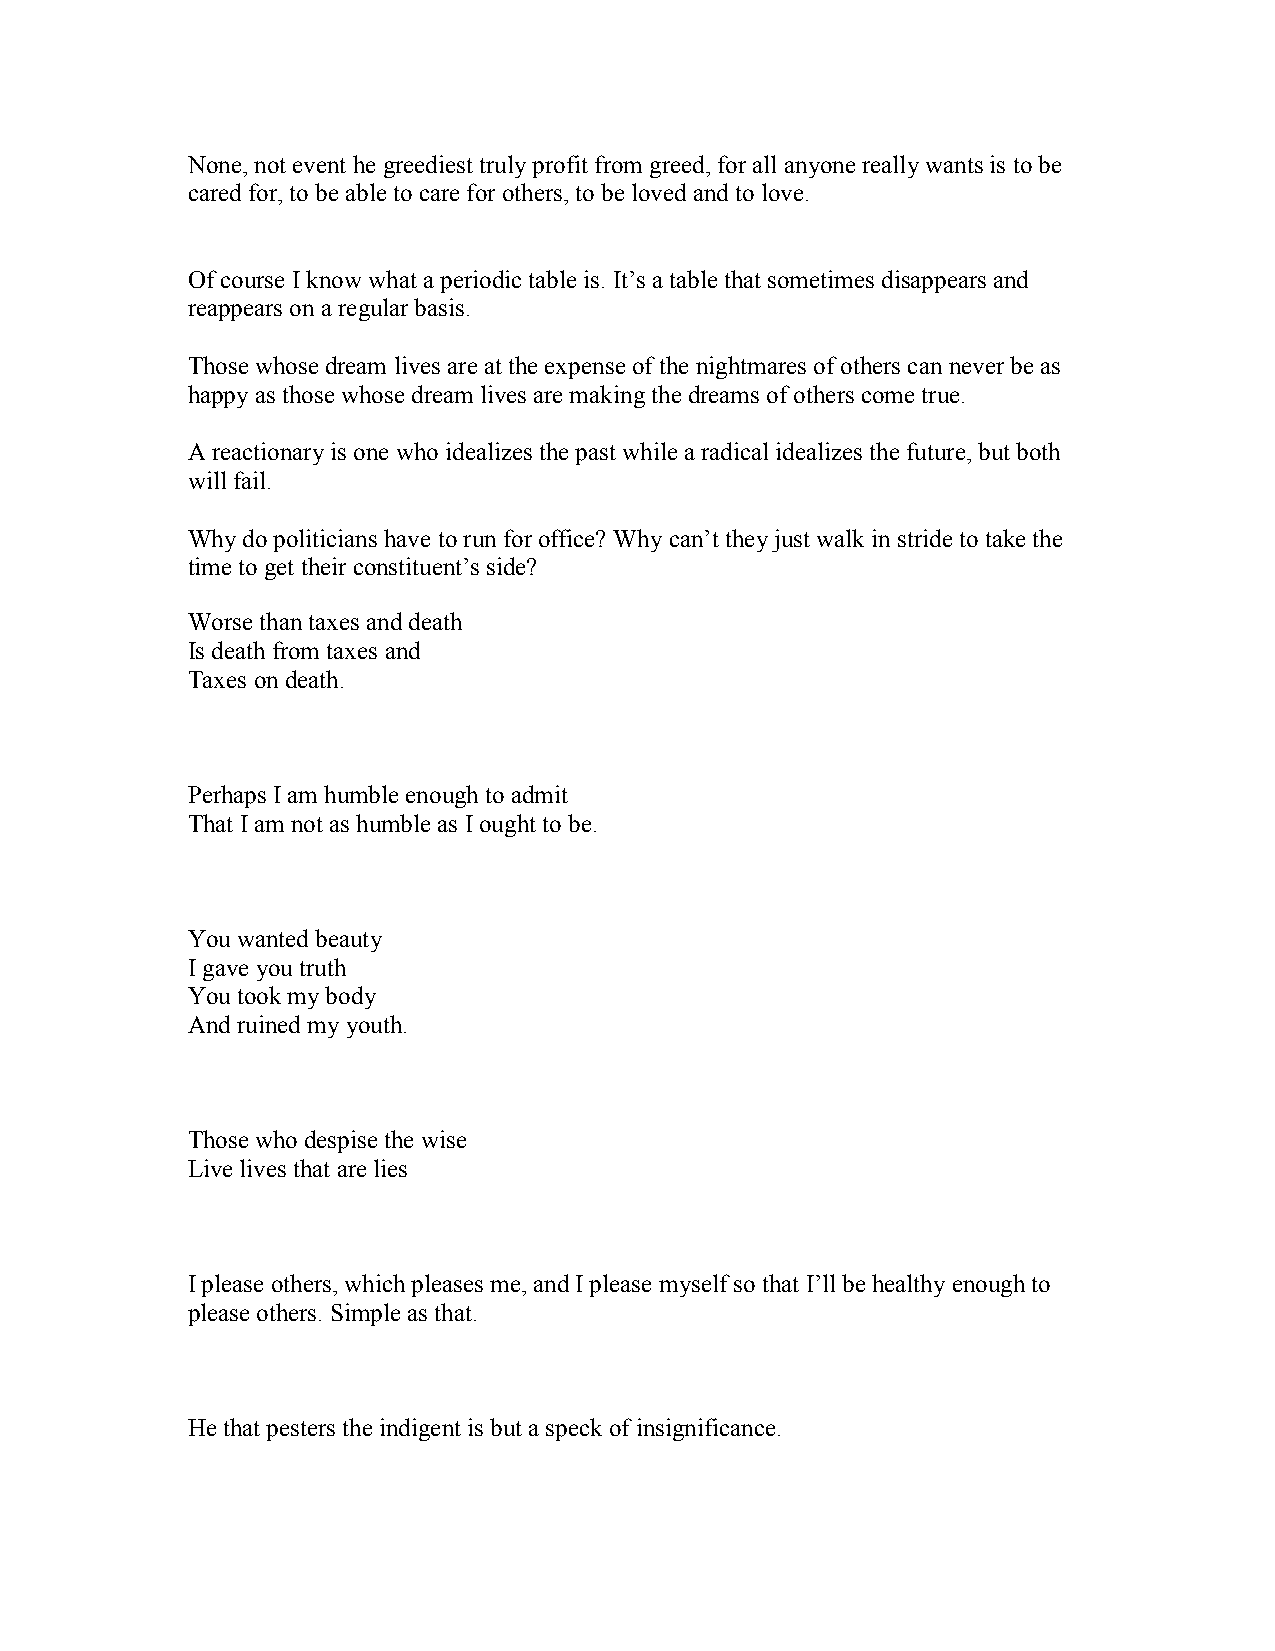
None, not event he greediest truly profit from greed, for all anyone really wants is to be
 cared for, to be able to care for others, to be loved and to love.
 Of course I know what a periodic table is. It’s a table that sometimes disappears and
 reappears on a regular basis.
 Those whose dream lives are at the expense of the nightmares of others can never be as
 happy as those whose dream lives are making the dreams of others come true.
 A reactionary is one who idealizes the past while a radical idealizes the future, but both
 will fail.
 Why do politicians have to run for office? Why can’t they just walk in stride to take the
 time to get their constituent’s side?
 Worse than taxes and death
 Is death from taxes and
 Taxes on death.
 Perhaps I am humble enough to admit
 That I am not as humble as I ought to be.
 You wanted beauty
 I gave you truth
 You took my body
 And ruined my youth.
 Those who despise the wise
 Live lives that are lies
 I please others, which pleases me, and I please myself so that I’ll be healthy enough to
 please others. Simple as that.
 He that pesters the indigent is but a speck of insignificance.